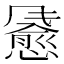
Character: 𫗄